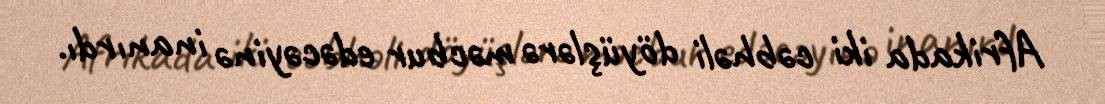
Afrikada iki cəbhəli döyüşlərə məcbur edəcəyinə inanırdı.